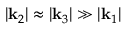
| \mathbf { k } _ { 2 } | \approx | \mathbf { k } _ { 3 } | \gg | \mathbf { k } _ { 1 } |